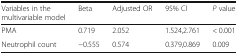
<table><thead><tr><td><b>Variables in the multivariable model</b></td><td><b>Beta</b></td><td><b>Adjusted OR</b></td><td><b>95% CI</b></td><td><b><i>P</i> value</b></td></tr></thead><tbody><tr><td>PMA</td><td>0.719</td><td>2.052</td><td>1.524,2.761</td><td>&lt; 0.001</td></tr><tr><td>Neutrophil count</td><td>−0.555</td><td>0.574</td><td>0.379,0.869</td><td>0.009</td></tr></tbody></table>